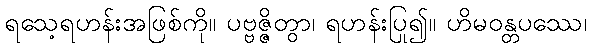
ရသေ့ရဟန်းအဖြစ်ကို။ ပဗ္ဗဇ္ဇိတွာ၊ ရဟန်းပြု၍။ ဟိမဝန္တပဿေ၊